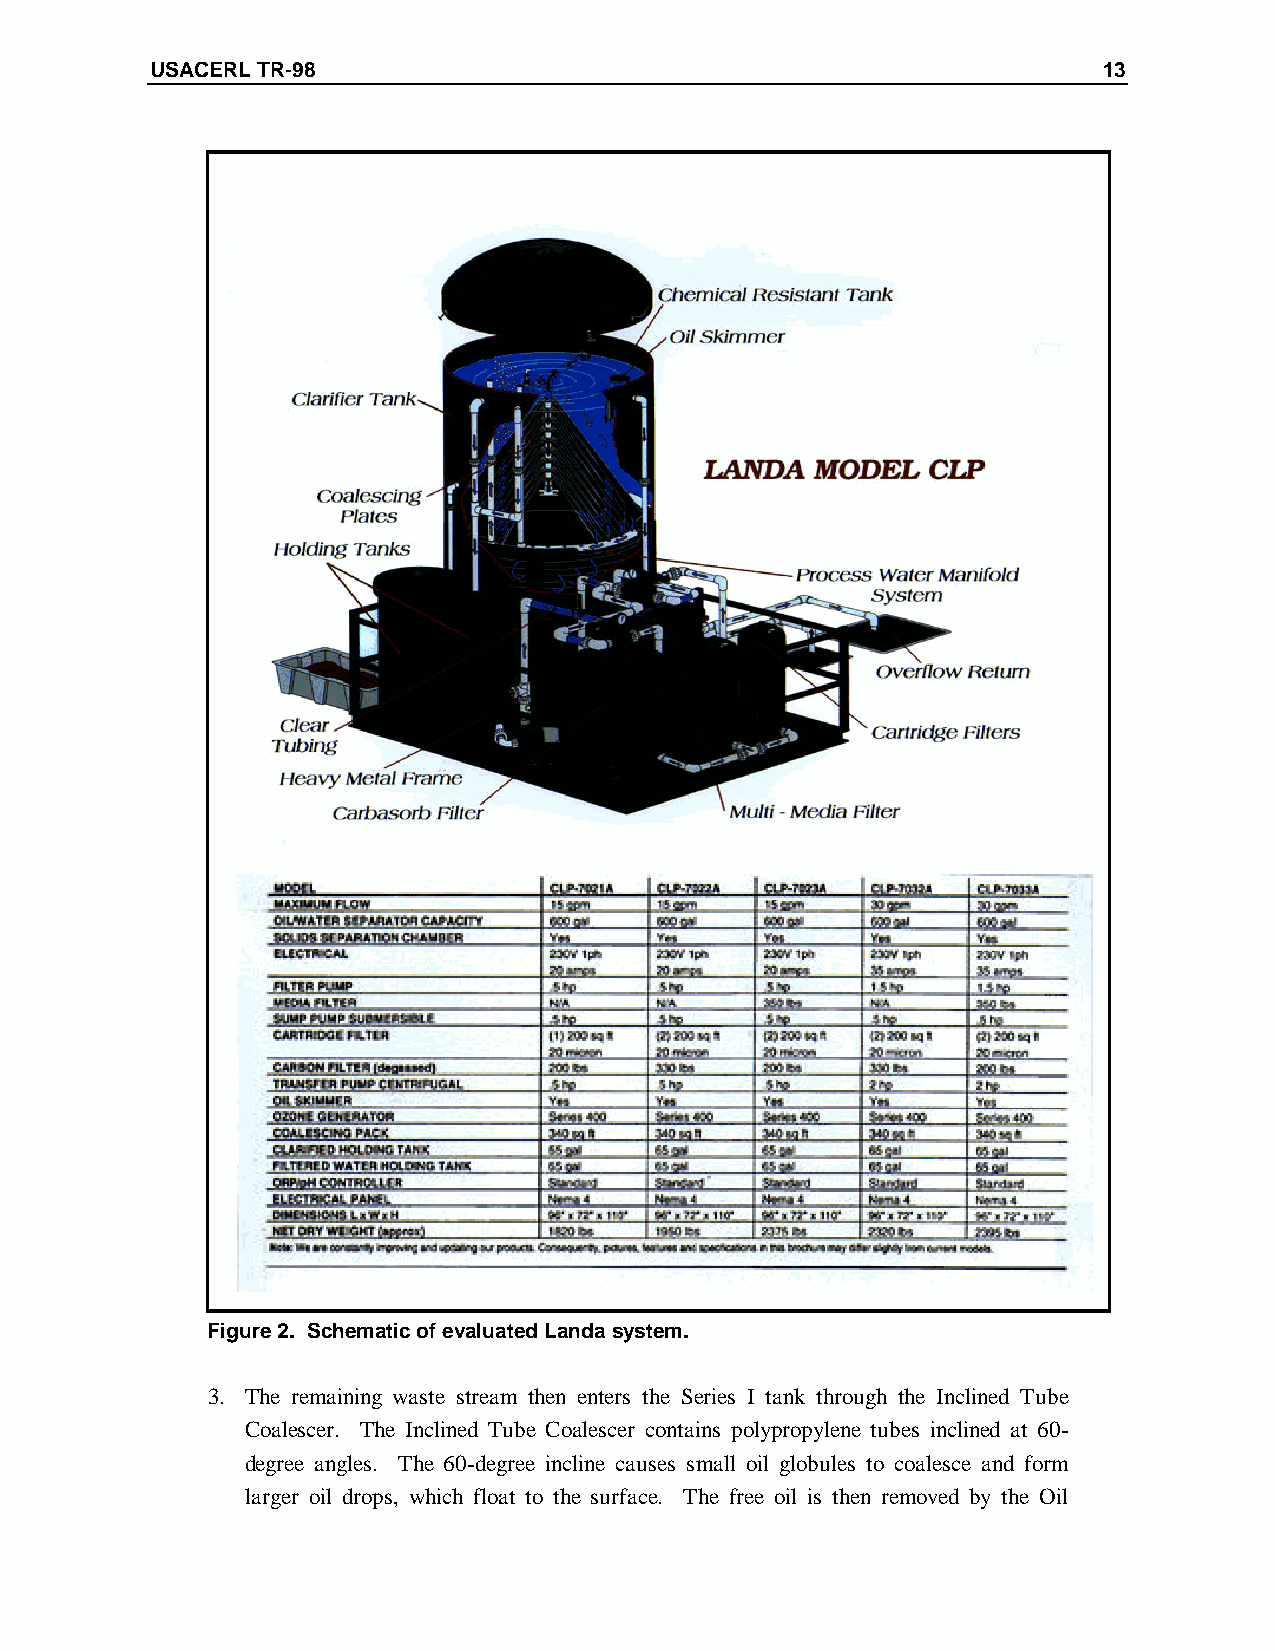
USACERL TR-98                                                  13
 Figure 2. Schematic of evaluated Landa system.
 3. The remaining waste stream then enters the Series I tank through the Inclined Tube
 Coalescer. The Inclined Tube Coalescer contains polypropylene tubes inclined at 60-
 degree angles. The 60-degree incline causes small oil globules to coalesce and form
 larger oil drops, which float to the surface. The free oil is then removed by the Oil